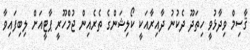
ޤާސިމް ވިދާޅުވީ ހިތަދޫ ދެކުނު ދާއިރާއަކީ ކޯލިޝަންގެ ތެރެއިން ޖުމްހޫރީ ޕާޓީއަށް ލިބިފައިވާ